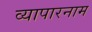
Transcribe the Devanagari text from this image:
व्यापारनाम